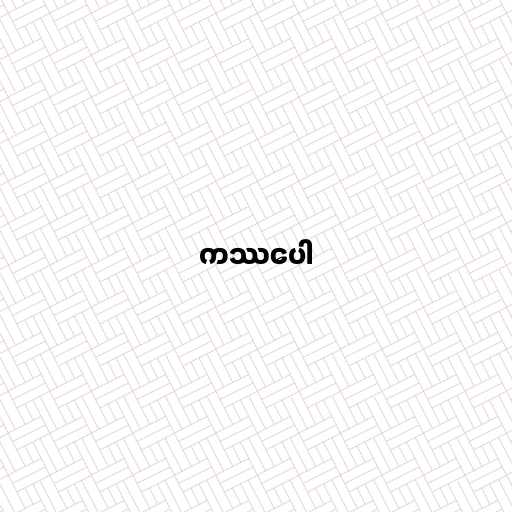
ကဿပေါ